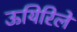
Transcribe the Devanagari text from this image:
ऊयिरिले